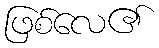
ဖြစ်လေ၏